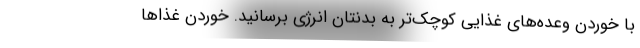
با خوردن وعده‌های غذایی کوچک‌تر به بدنتان انر‌ژی برسانید. خوردن غذاها